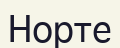
Норте